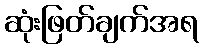
ဆုံးဖြတ်ချက်အရ